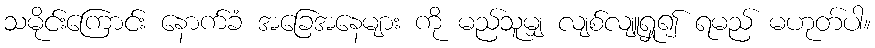
သမိုင်းကြောင်း နောက်ခံ အခြေအနေများ ကို မည်သူမျှ လျစ်လျူရှု၍ ရမည် မဟုတ်ပါ။